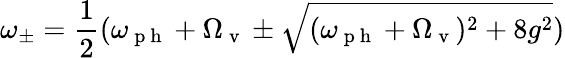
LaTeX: \omega_{\pm}=\frac{1}{2}(\omega_{\mathrm{~p~h~}}+\Omega_{\mathrm{~v~}}\pm\sqrt{(\omega_{\mathrm{~p~h~}}+\Omega_{\mathrm{~v~}})^{2}+8g^{2}})